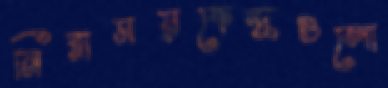
নিরাময়কেন্দ্রগুলো